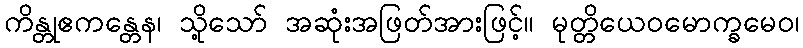
ကိန္တုဧကန္တေန၊ သို့သော် အဆုံးအဖြတ်အားဖြင့်။ မုတ္တိယေဝမောက္ခမေဝ၊